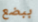
ببضع